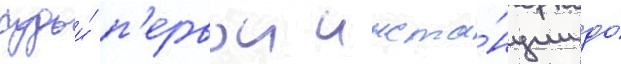
судьи́ п'ервои инста́нции до́